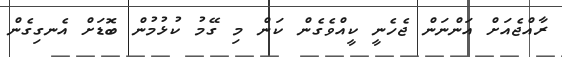
ރާއްޖެއަށް އަންނަން ޖެހެނީ ކީއްވެގެން ކަން މި ގޭމު ކުޅުމުން ބޮޑަށް އެނގިގެން